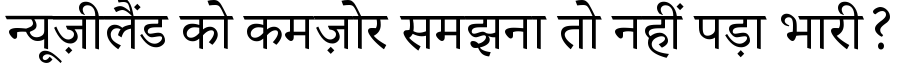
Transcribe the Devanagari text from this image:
न्यूज़ीलैंड को कमज़ोर समझना तो नहीं पड़ा भारी?